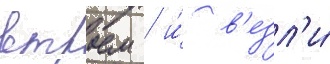
втроем / и́ в'езл'и́